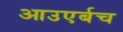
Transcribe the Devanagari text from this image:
आउएर्बच